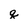
Character: q